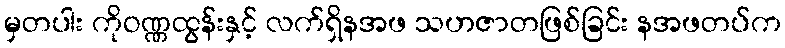
မှတပါး ကိုဝဏ္ဏထွန်းနှင့် လက်ရှိနအဖ သဟဇာတဖြစ်ခြင်း နအဖတပ်က